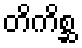
တိကိစ္ဆ